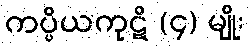
ကပ္ပိယကုဋိ (၄) မျိုး